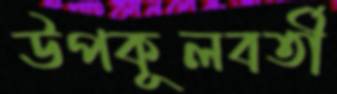
উপকূলবর্তী